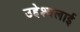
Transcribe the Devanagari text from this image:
उद्देश्यलाई